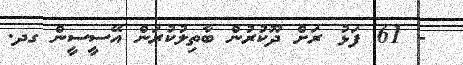
- 61 ފަޅު ރަށް ދޫކުރުން ބާތިލުކުރަން އޭސީސީން ގދ.